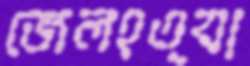
জেলহত্যা